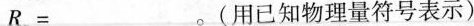
$$R ^{ 2 } = _ _ _ $$。(用已知物理量符号表示)